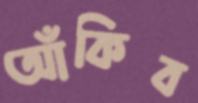
আঁকিব